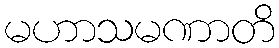
မဟာသမဏာတိ